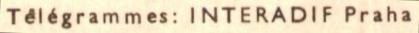
Telégrammes: INTERADIF Praha